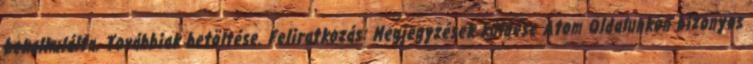
bekalkulálta. Továbbiak betöltése. Feliratkozás: Megjegyzések küldése Atom Oldalunkon bizonyos